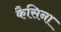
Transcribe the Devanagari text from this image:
कैसिना